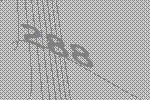
288